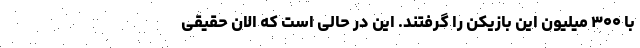
با ۳۰۰ میلیون این بازیکن را گرفتند. این در حالی است که الان حقیقی